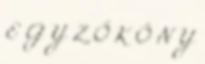
E G Y Z Ő K Ö N Y